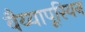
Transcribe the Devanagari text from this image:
बैय्यापूरियन